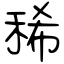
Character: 稀